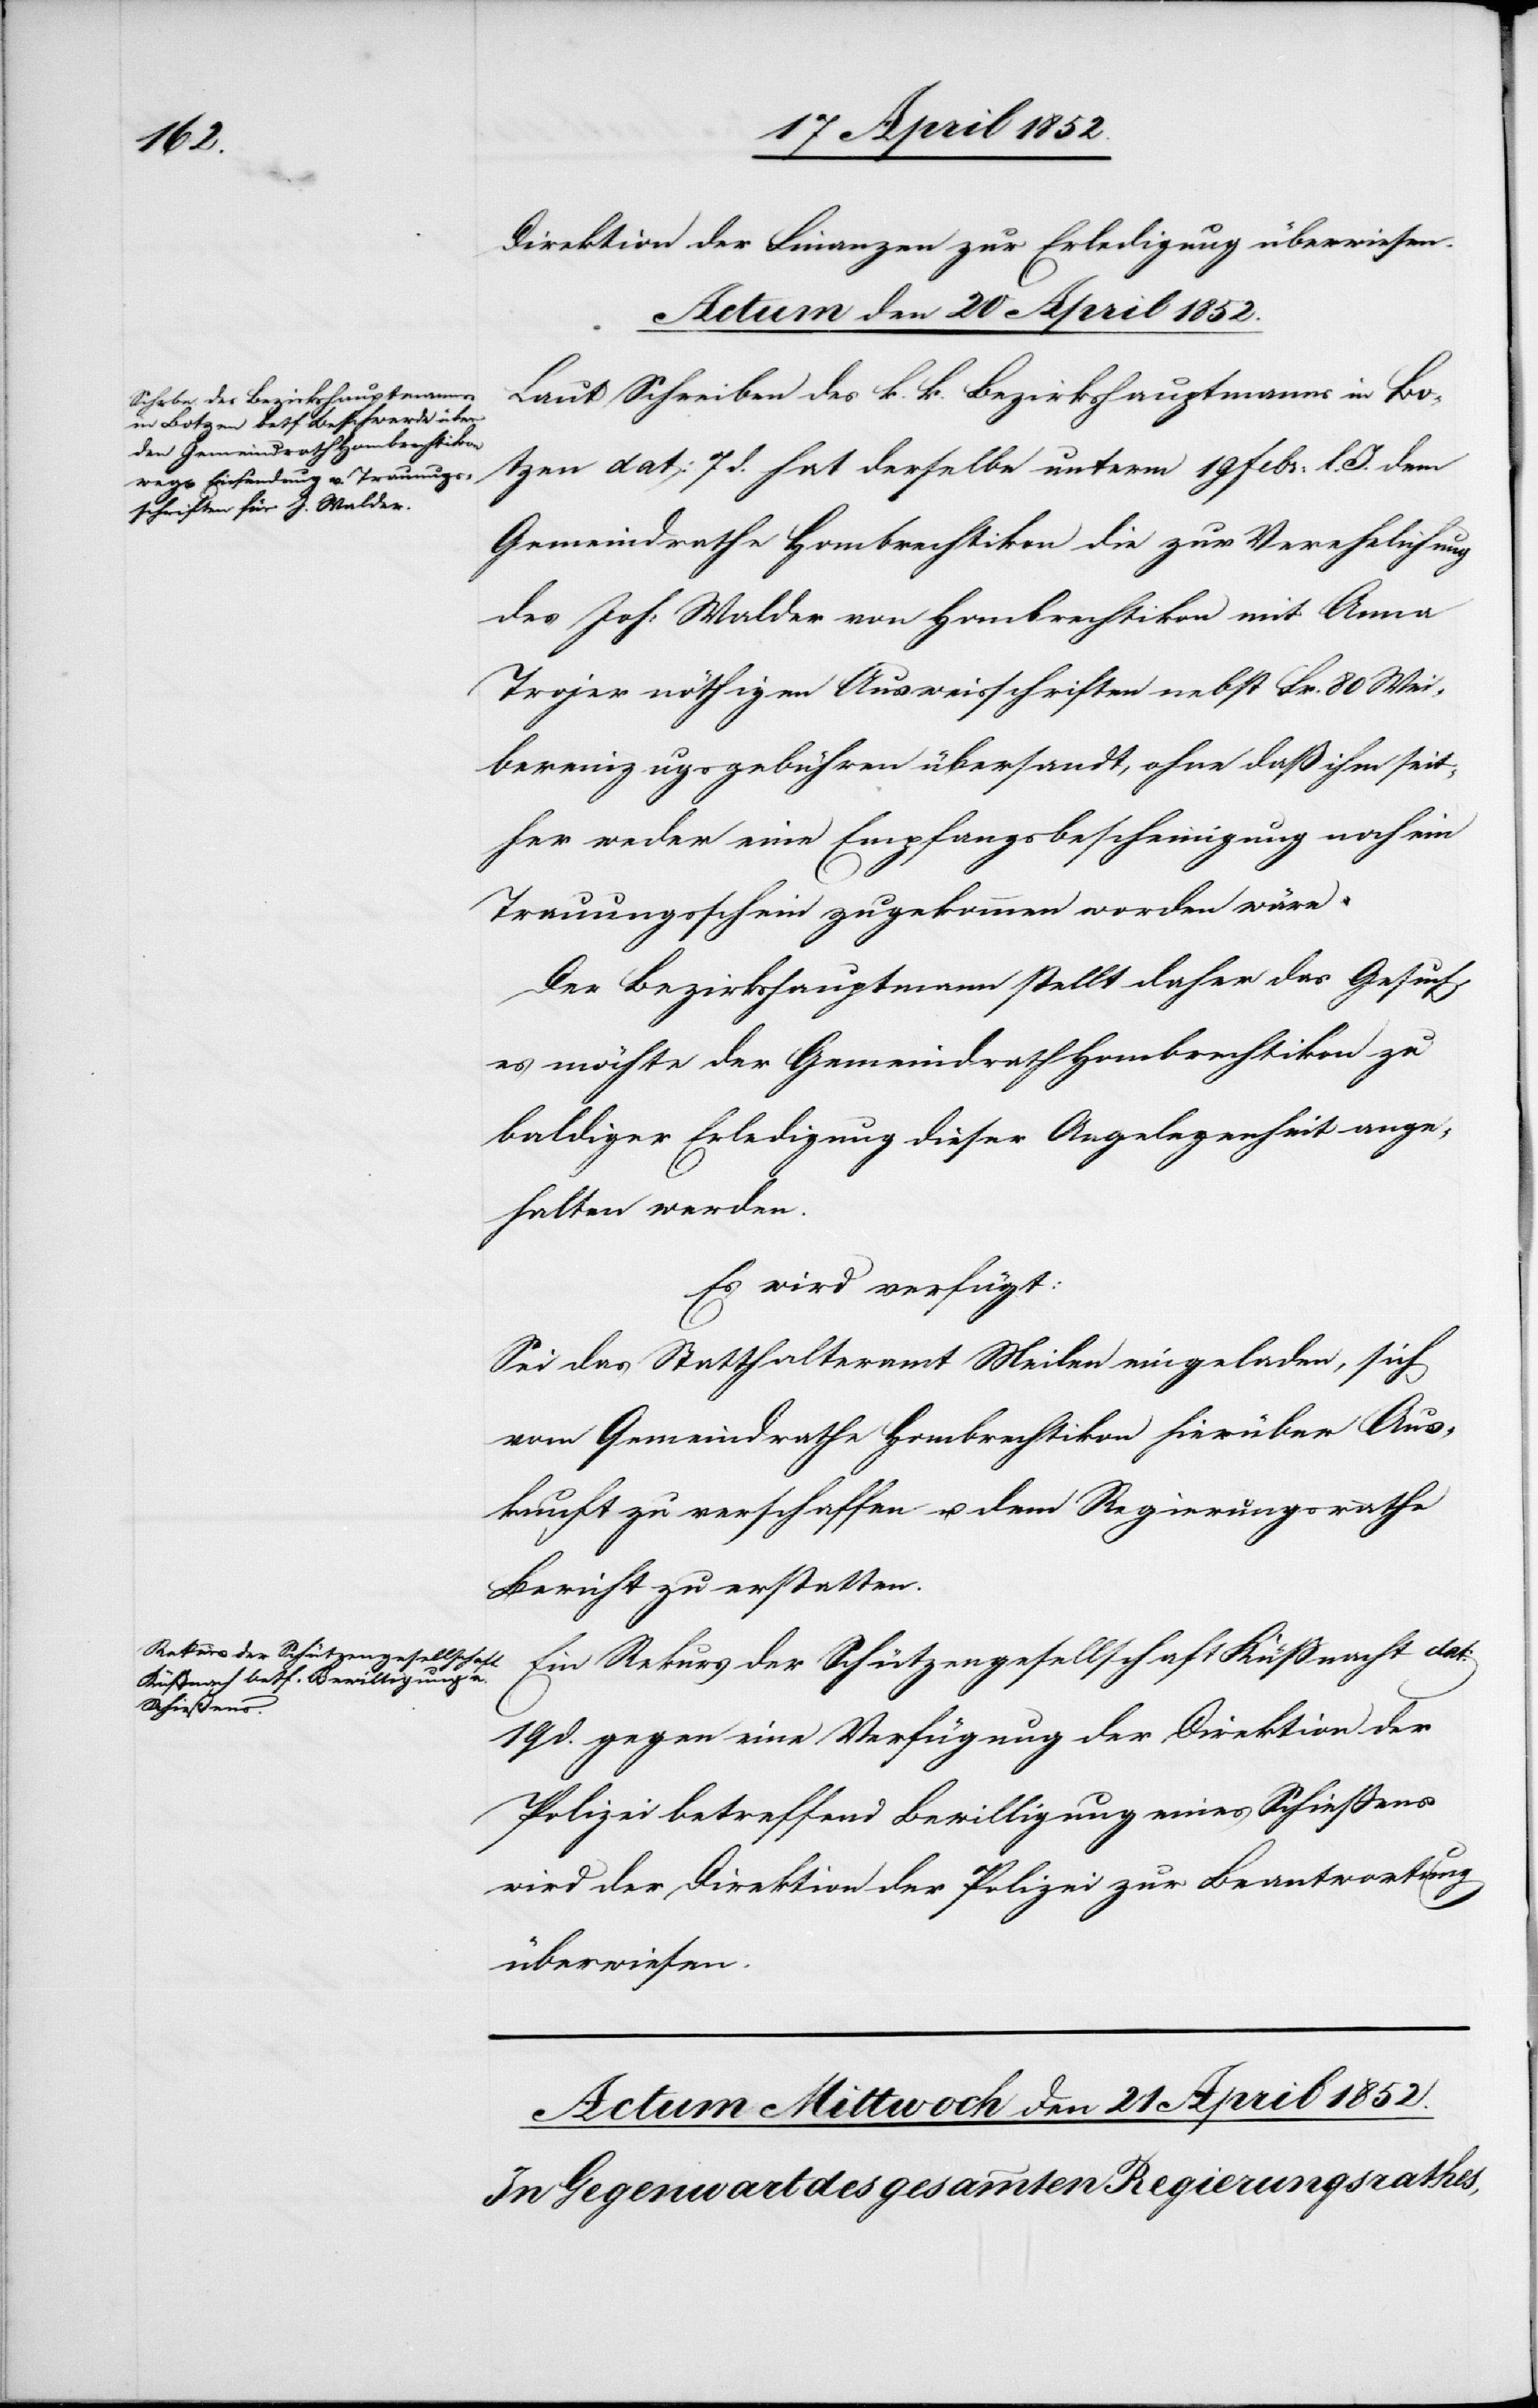
Direktion der Finanzen zur Erledigung überwiesen.
Actum den 20 April 1852.]
Laut Schreiben des k. k. Bezirkshauptmanns in Bo¬
tzen dat: 7 d. hat derselbe unterm 19 Febr: l. J. dem
Gemeindrathe Hombrechtikon die zur Verehelichung
des Joh: Walder von Hombrechtikon mit Anna
Trojer nöthigen Ausweisschriften nebst Fr. 80 Wei¬
bereinzugsgebühren übersandt, ohne daß ihm seit¬
her weder eine Empfangsbescheinigung noch ein
Trauungsschein zugekommen worden wäre
Der Bezirkshauptmann stellt daher das Gesuch,
es möchte der Gemeindrath Hombrechtikon zu
baldiger Erledigung dieser Angelegenheit ange¬
halten werden.
Es wird verfügt:
Sei das Statthalteramt Meilen eingeladen, sich
vom Gemeindrathe Hombrechtikon hierüber Aus¬
kunft zu verschaffen u. dem Regierungsrathe
Bericht zu erstatten.
Ein Rekurs der Schützengesellschaft Küßnacht dat:
19 d. gegen eine Verfügung der Direktion der
Polizei betreffend Bewilligung eines Schiessens
wird der Direktion der Polizei zur Beantwortung
überwiesen.